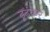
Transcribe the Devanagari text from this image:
ढूढंकर